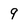
Character: 9